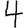
Digit: 4